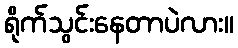
ရိုက်သွင်းနေတာပဲလား။